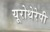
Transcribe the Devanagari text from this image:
यूरोथेरेपी